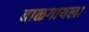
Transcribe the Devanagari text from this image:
बाळगायला